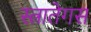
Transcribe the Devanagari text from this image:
स्त्रातेगस